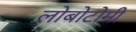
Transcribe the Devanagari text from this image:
लोबोटोमी